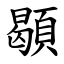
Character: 䫘